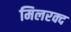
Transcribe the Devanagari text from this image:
मिलरक्द